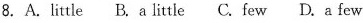
8.A.little B.a little C.few D.a few